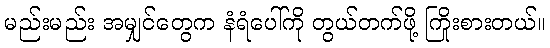
မည်းမည်း အမျှင်တွေက နံရံပေါ်ကို တွယ်တက်ဖို့ ကြိုးစားတယ်။